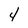
Character: 4